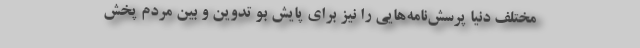
مختلف دنیا پرسش‌نامه‌هایی را نیز برای پایش بو تدوین و بین مردم پخش